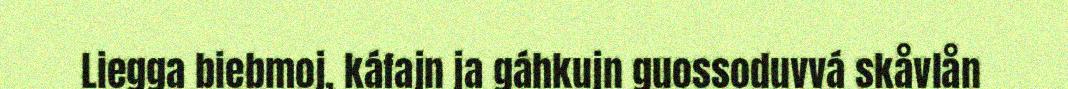
Liegga biebmoj, káfajn ja gáhkujn guossoduvvá skåvlån